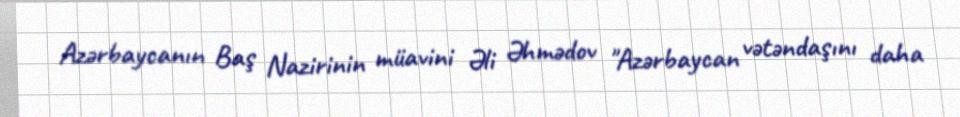
Azərbaycanın Baş Nazirinin müavini Əli Əhmədov "Azərbaycan vətəndaşını daha